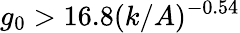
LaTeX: g_{0}>16.8(k/A)^{-0.54}